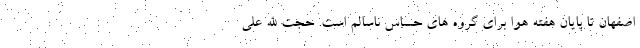
اصفهان تا پایان هفته هوا برای گروه های حساس ناسالم است. حجت الله علی